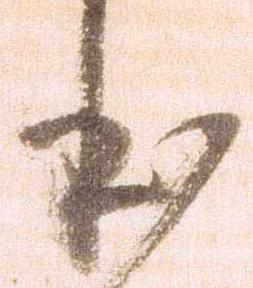
本